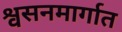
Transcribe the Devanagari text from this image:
श्वसनमार्गात